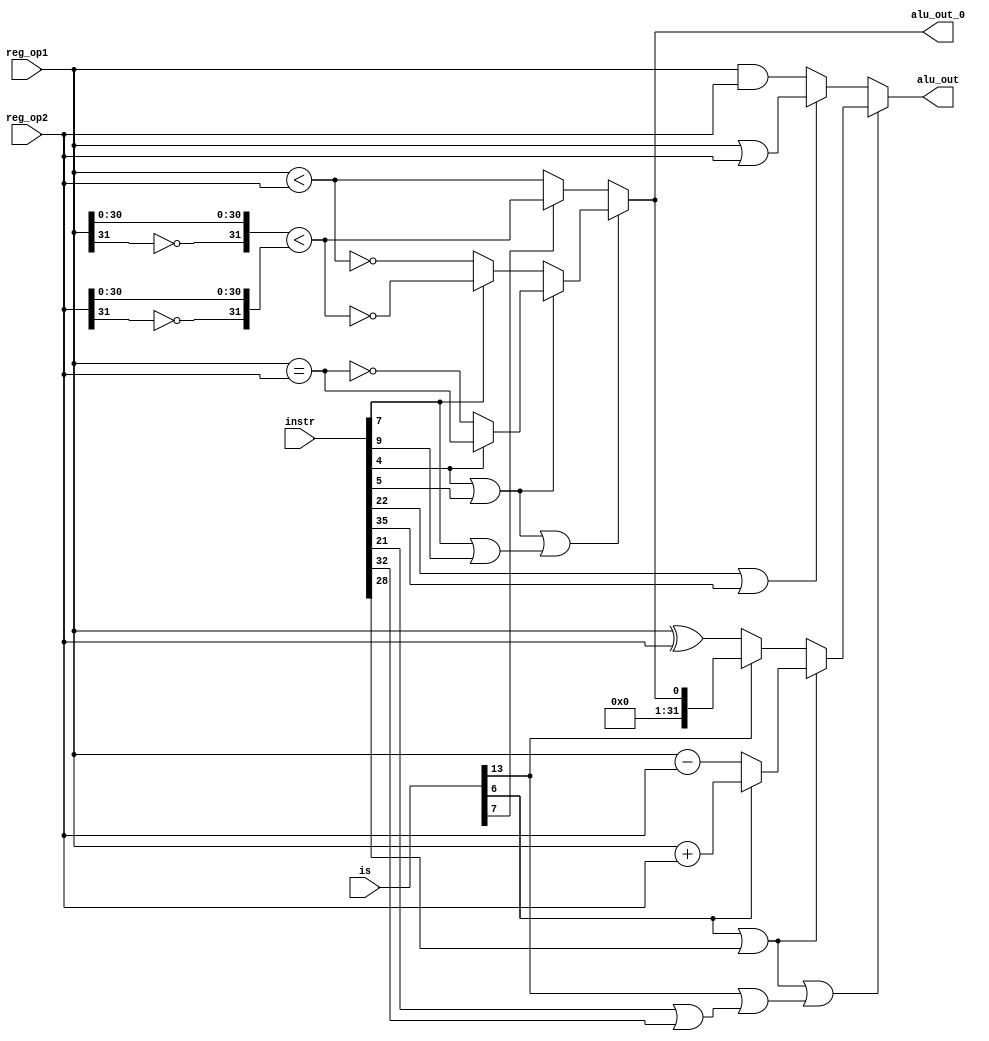
module opicorv32_alu (
    reg_op2,
    reg_op1,
    instr,
    is,
    alu_out,
    alu_out_0
);

    input [31:0] reg_op2;
    input [31:0] reg_op1;
    input [47:0] instr;
    input [14:0] is;
    output [31:0] alu_out;
    output alu_out_0;

    /* signal declarations */
    wire [31:0] _1209;
    wire [31:0] _1207;
    wire [31:0] _1215;
    wire _1172;
    wire _1169;
    wire _1170;
    wire _1178;
    wire [30:0] _1158;
    wire _1159;
    wire _1160;
    wire [31:0] _1161;
    wire [30:0] _1162;
    wire _1163;
    wire _1164;
    wire [31:0] _1165;
    wire _1166;
    wire _1167;
    wire _1155;
    wire _1156;
    wire _1176;
    wire _1180;
    wire [30:0] _1145;
    wire _1146;
    wire _1147;
    wire [31:0] _1148;
    wire [30:0] _1149;
    wire _1150;
    wire _1151;
    wire [31:0] _1152;
    wire _1153;
    wire _1143;
    wire _1154;
    wire _1174;
    wire _1157;
    wire _1168;
    wire _1177;
    wire _1171;
    wire _1173;
    wire _1179;
    wire _1181;
    wire _1182;
    wire [30:0] _1203 = 31'b0000000000000000000000000000000;
    wire [31:0] _1205;
    wire [31:0] _1192;
    wire [31:0] _1213;
    wire [31:0] _1217;
    wire [31:0] _1188;
    wire [31:0] _1184;
    wire _1189;
    wire _1190;
    wire _1191;
    wire [31:0] _1211;
    wire _1193;
    wire _1194;
    wire _1195;
    wire _1206;
    wire _1214;
    wire _1208;
    wire _1210;
    wire _1216;
    wire _1218;
    wire [31:0] _1219;

    /* logic */
    assign _1209 = reg_op1 + reg_op2;
    assign _1207 = reg_op1 - reg_op2;
    assign _1215 = _1210 ? _1209 : _1207;
    assign _1172 = reg_op1 == reg_op2;
    assign _1169 = reg_op1 == reg_op2;
    assign _1170 = ~ _1169;
    assign _1178 = _1173 ? _1172 : _1170;
    assign _1158 = reg_op2[30:0];
    assign _1159 = reg_op2[31:31];
    assign _1160 = ~ _1159;
    assign _1161 = { _1160, _1158 };
    assign _1162 = reg_op1[30:0];
    assign _1163 = reg_op1[31:31];
    assign _1164 = ~ _1163;
    assign _1165 = { _1164, _1162 };
    assign _1166 = _1165 < _1161;
    assign _1167 = ~ _1166;
    assign _1155 = reg_op1 < reg_op2;
    assign _1156 = ~ _1155;
    assign _1176 = _1168 ? _1167 : _1156;
    assign _1180 = _1179 ? _1178 : _1176;
    assign _1145 = reg_op2[30:0];
    assign _1146 = reg_op2[31:31];
    assign _1147 = ~ _1146;
    assign _1148 = { _1147, _1145 };
    assign _1149 = reg_op1[30:0];
    assign _1150 = reg_op1[31:31];
    assign _1151 = ~ _1150;
    assign _1152 = { _1151, _1149 };
    assign _1153 = _1152 < _1148;
    assign _1143 = reg_op1 < reg_op2;
    assign _1154 = is[7:7];
    assign _1174 = _1154 ? _1153 : _1143;
    assign _1157 = instr[9:9];
    assign _1168 = instr[7:7];
    assign _1177 = _1168 | _1157;
    assign _1171 = instr[5:5];
    assign _1173 = instr[4:4];
    assign _1179 = _1173 | _1171;
    assign _1181 = _1179 | _1177;
    assign _1182 = _1181 ? _1180 : _1174;
    assign _1205 = { _1203, _1182 };
    assign _1192 = reg_op1 ^ reg_op2;
    assign _1213 = _1206 ? _1205 : _1192;
    assign _1217 = _1216 ? _1215 : _1213;
    assign _1188 = reg_op1 | reg_op2;
    assign _1184 = reg_op1 & reg_op2;
    assign _1189 = instr[35:35];
    assign _1190 = instr[22:22];
    assign _1191 = _1190 | _1189;
    assign _1211 = _1191 ? _1188 : _1184;
    assign _1193 = instr[32:32];
    assign _1194 = instr[21:21];
    assign _1195 = _1194 | _1193;
    assign _1206 = is[13:13];
    assign _1214 = _1206 | _1195;
    assign _1208 = instr[28:28];
    assign _1210 = is[6:6];
    assign _1216 = _1210 | _1208;
    assign _1218 = _1216 | _1214;
    assign _1219 = _1218 ? _1217 : _1211;

    /* aliases */

    /* output assignments */
    assign alu_out = _1219;
    assign alu_out_0 = _1182;

endmodule